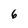
Character: 6